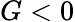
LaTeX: G<0